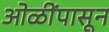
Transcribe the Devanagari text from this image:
ओळींपासून